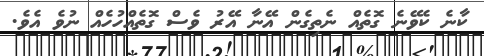
ކާނެ ކެވޭނެ ގޮތެއް ނެތިގެން އޭނާ އޭރު ވެސް ގޮތެއްހުހެއް ނުވެ އެވެ.